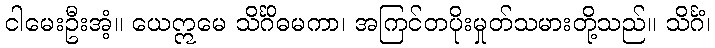
ငါမေးဦးအံ့။ ယေဣမေ သိင်္ဂိဓမကာ၊ အကြင်တပိုးမှုတ်သမားတို့သည်။ သိင်္ဂံ၊